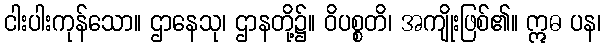
ငါးပါးကုန်သော။ ဌာနေသု၊ ဌာနတို့၌။ ဝိပစ္စတိ၊ အကျိုးဖြစ်၏။ ဣဓ ပန၊